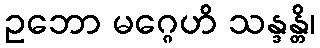
ဥဘော မဂ္ဂေဟိ သန္ဒန္တိ၊